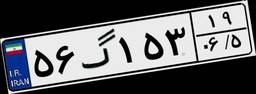
۵۶گ۱۵۳۱۹